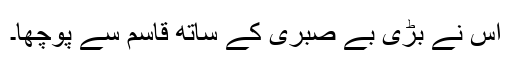
اس نے بڑی بے صبری کے ساتھ قاسم سے پوچھا۔